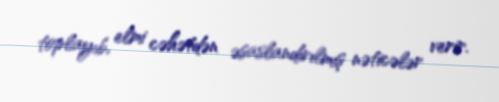
toplayıb, elmi cəhətdən əsaslandırılmış nəticələr verir.